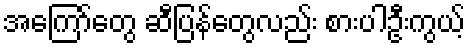
အကြော်တွေ ဆီပြန်တွေလည်း စားပါဦးကွယ့်